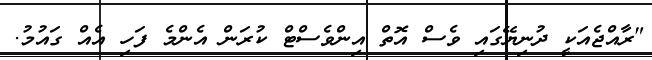
"ރާއްޖެއަކީ ދުނިޔޭގައި ވެސް އޮތް އިންވެސްޓް ކުރަން އެންމެ ފަހި އެއް ގައުމު.